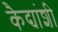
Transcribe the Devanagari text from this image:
कैद्यांशी